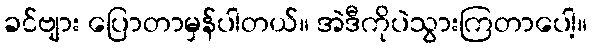
ခင်ဗျား ပြောတာမှန်ပါတယ်။ အဲဒီကိုပဲသွားကြတာပေါ့။